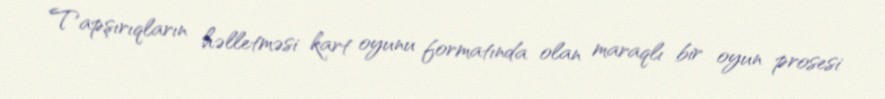
Tapşırıqların həlletməsi kart oyunu formatında olan maraqlı bir oyun prosesi